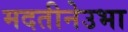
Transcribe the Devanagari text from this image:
मदतीनेउभा